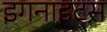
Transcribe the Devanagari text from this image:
इगनाइट्स